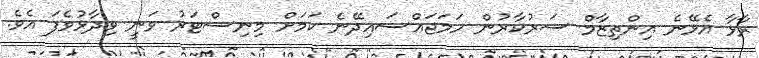
ރާޅާ އެޅޭނެ އިންތިޒާމް ސަރުކާރުން ހަމަޖައްސައިދޭނެ ކަމަށް މިނިސްޓަރު ވަނީ ވިދާޅުވެފަ އެވެ.